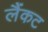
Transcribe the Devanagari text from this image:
लैंकट